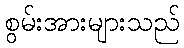
စွမ်းအားများသည်